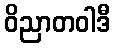
ဝိညာတဝါဒီ